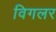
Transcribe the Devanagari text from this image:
विगलर